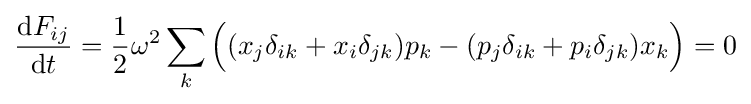
{\frac {\mathrm {d} F_{ij}}{\mathrm {d} t}}={\frac {1}{2}}\omega ^{2}\sum _{k}{\Big (}(x_{j}\delta _{ik}+x_{i}\delta _{jk})p_{k}-(p_{j}\delta _{ik}+p_{i}\delta _{jk})x_{k}{\Big )}=0